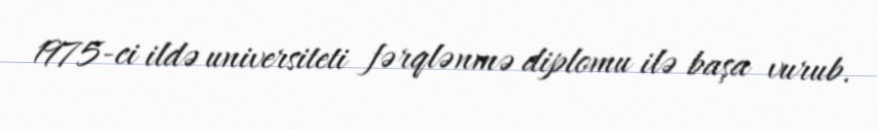
1975-ci ildə universiteti fərqlənmə diplomu ilə başa vurub.